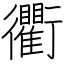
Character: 衢